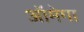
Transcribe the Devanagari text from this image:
ऑमेगा